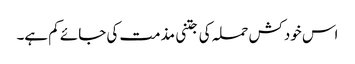
اس خودکش حملہ کی جتنی مذمت کی جائے کم ہے۔